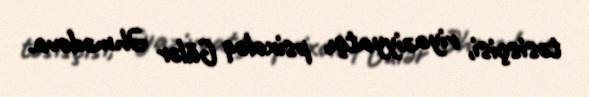
təsisçisi, riyaziyyatçı, psixoloq Gülər Əhmədova.